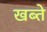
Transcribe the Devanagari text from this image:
खब्ते